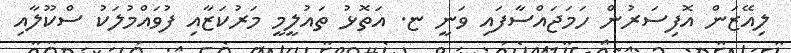
ލިއޭޒަން އޮފިސަރުން ހަމަޖައްސާފައި ވަނީ ޏ. އަތޮޅު ތައުލީމީ މަރުކަޒާއި ފުވައްމުލަކު ސްކޫލާއި